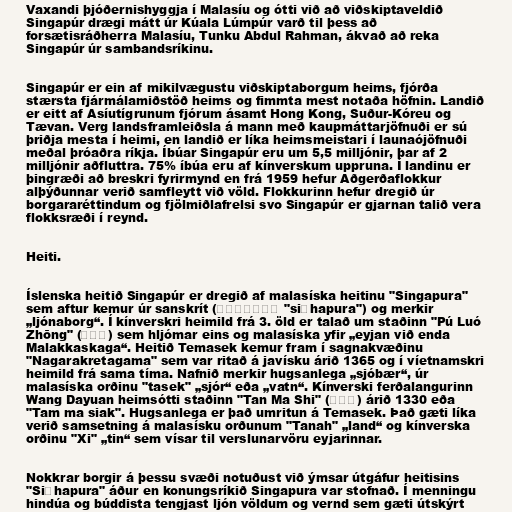
Vaxandi þjóðernishyggja í Malasíu og ótti við að viðskiptaveldið
Singapúr drægi mátt úr Kúala Lúmpúr varð til þess að
forsætisráðherra Malasíu, Tunku Abdul Rahman, ákvað að reka
Singapúr úr sambandsríkinu.

Singapúr er ein af mikilvægustu viðskiptaborgum heims, fjórða
stærsta fjármálamiðstöð heims og fimmta mest notaða höfnin. Landið
er eitt af Asíutígrunum fjórum ásamt Hong Kong, Suður-Kóreu og
Tævan. Verg landsframleiðsla á mann með kaupmáttarjöfnuði er sú
þriðja mesta í heimi, en landið er líka heimsmeistari í launaójöfnuði
meðal þróaðra ríkja. Íbúar Singapúr eru um 5,5 milljónir, þar af 2
milljónir aðfluttra. 75% íbúa eru af kínverskum uppruna. Í landinu er
þingræði að breskri fyrirmynd en frá 1959 hefur Aðgerðaflokkur
alþýðunnar verið samfleytt við völd. Flokkurinn hefur dregið úr
borgararéttindum og fjölmiðlafrelsi svo Singapúr er gjarnan talið vera
flokksræði í reynd.

Heiti.

Íslenska heitið Singapúr er dregið af malasíska heitinu "Singapura"
sem aftur kemur úr sanskrít (सिंहपुर "siṃhapura") og merkir
„ljónaborg“. Í kínverskri heimild frá 3. öld er talað um staðinn "Pú Luó
Zhōng" (蒲羅中) sem hljómar eins og malasíska yfir „eyjan við enda
Malakkaskaga“. Heitið Temasek kemur fram í sagnakvæðinu
"Nagarakretagama" sem var ritað á javísku árið 1365 og í víetnamskri
heimild frá sama tíma. Nafnið merkir hugsanlega „sjóbær“, úr
malasíska orðinu "tasek" „sjór“ eða „vatn“. Kínverski ferðalangurinn
Wang Dayuan heimsótti staðinn "Tan Ma Shi" (淡馬錫) árið 1330 eða
"Tam ma siak". Hugsanlega er það umritun á Temasek. Það gæti líka
verið samsetning á malasísku orðunum "Tanah" „land“ og kínverska
orðinu "Xi" „tin“ sem vísar til verslunarvöru eyjarinnar.

Nokkrar borgir á þessu svæði notuðust við ýmsar útgáfur heitisins
"Siṃhapura" áður en konungsríkið Singapura var stofnað. Í menningu
hindúa og búddista tengjast ljón völdum og vernd sem gæti útskýrt